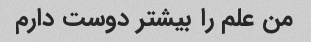
من علم را بیشتر دوست دارم